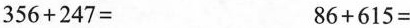
$$3 5 6 + 2 4 7 =$$ $$8 6 + 6 1 5 =$$